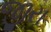
જીરા